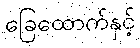
ခြေထောက်နှင့်